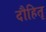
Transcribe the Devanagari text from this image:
दौहितृ